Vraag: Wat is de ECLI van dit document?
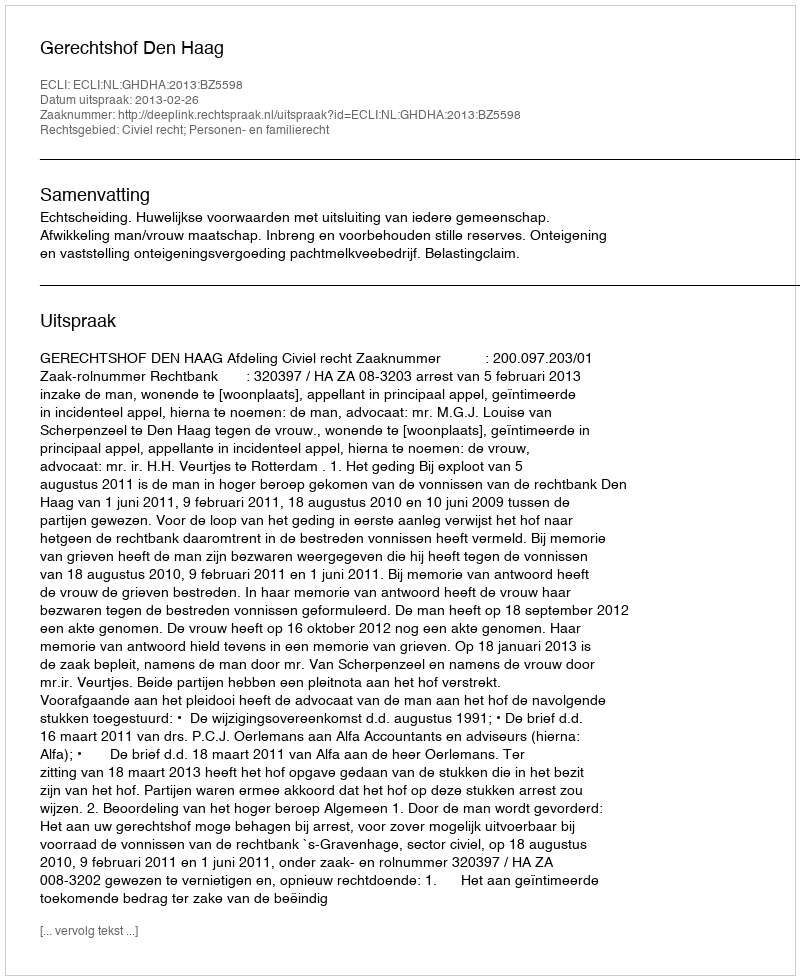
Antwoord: ECLI:NL:GHDHA:2013:BZ5598